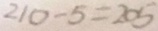
2 1 0 - 5 = 2 0 5